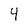
Character: 4